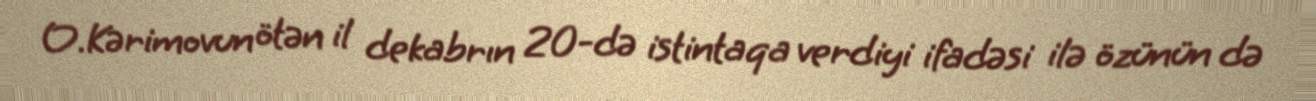
O.Kərimovun ötən il dekabrın 20-də istintaqa verdiyi ifadəsi ilə özünün də